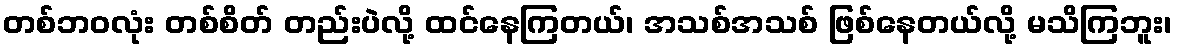
တစ်ဘဝလုံး တစ်စိတ် တည်းပဲလို့ ထင်နေကြတယ်၊ အသစ်အသစ် ဖြစ်နေတယ်လို့ မသိကြဘူး၊